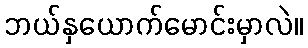
ဘယ်နှယောက်မောင်းမှာလဲ။